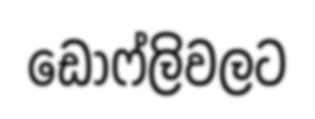
ඩොෆ්ලිවලට